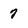
Character: 7